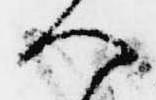
へ